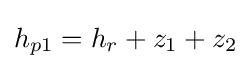
h_{p1}=h_{r}+z_{1}+z_{2}